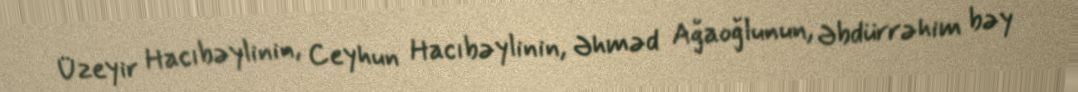
Üzeyir Hacıbəylinin, Ceyhun Hacıbəylinin, Əhməd Ağaoğlunun, Əbdürrəhim bəy